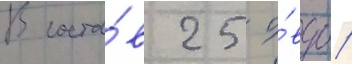
В соста́в 25 о́вдбр